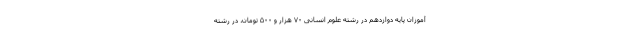
آموزان پایه دوازدهم در رشته علوم انسانی ۷۰ هزار و ۵۰۰ تومان، در رشته